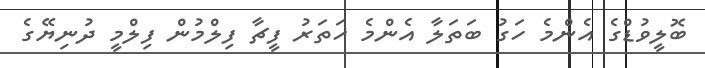
ބޮލީވުޑްގެ އެންމެ ހަގު ބަތަލާ އެންމެ ހަތަރު ފީޗާ ފިލްމުން ފިލްމީ ދުނިޔޭގެ